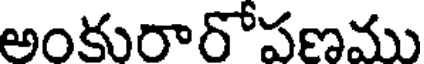
అంకురారోపణము